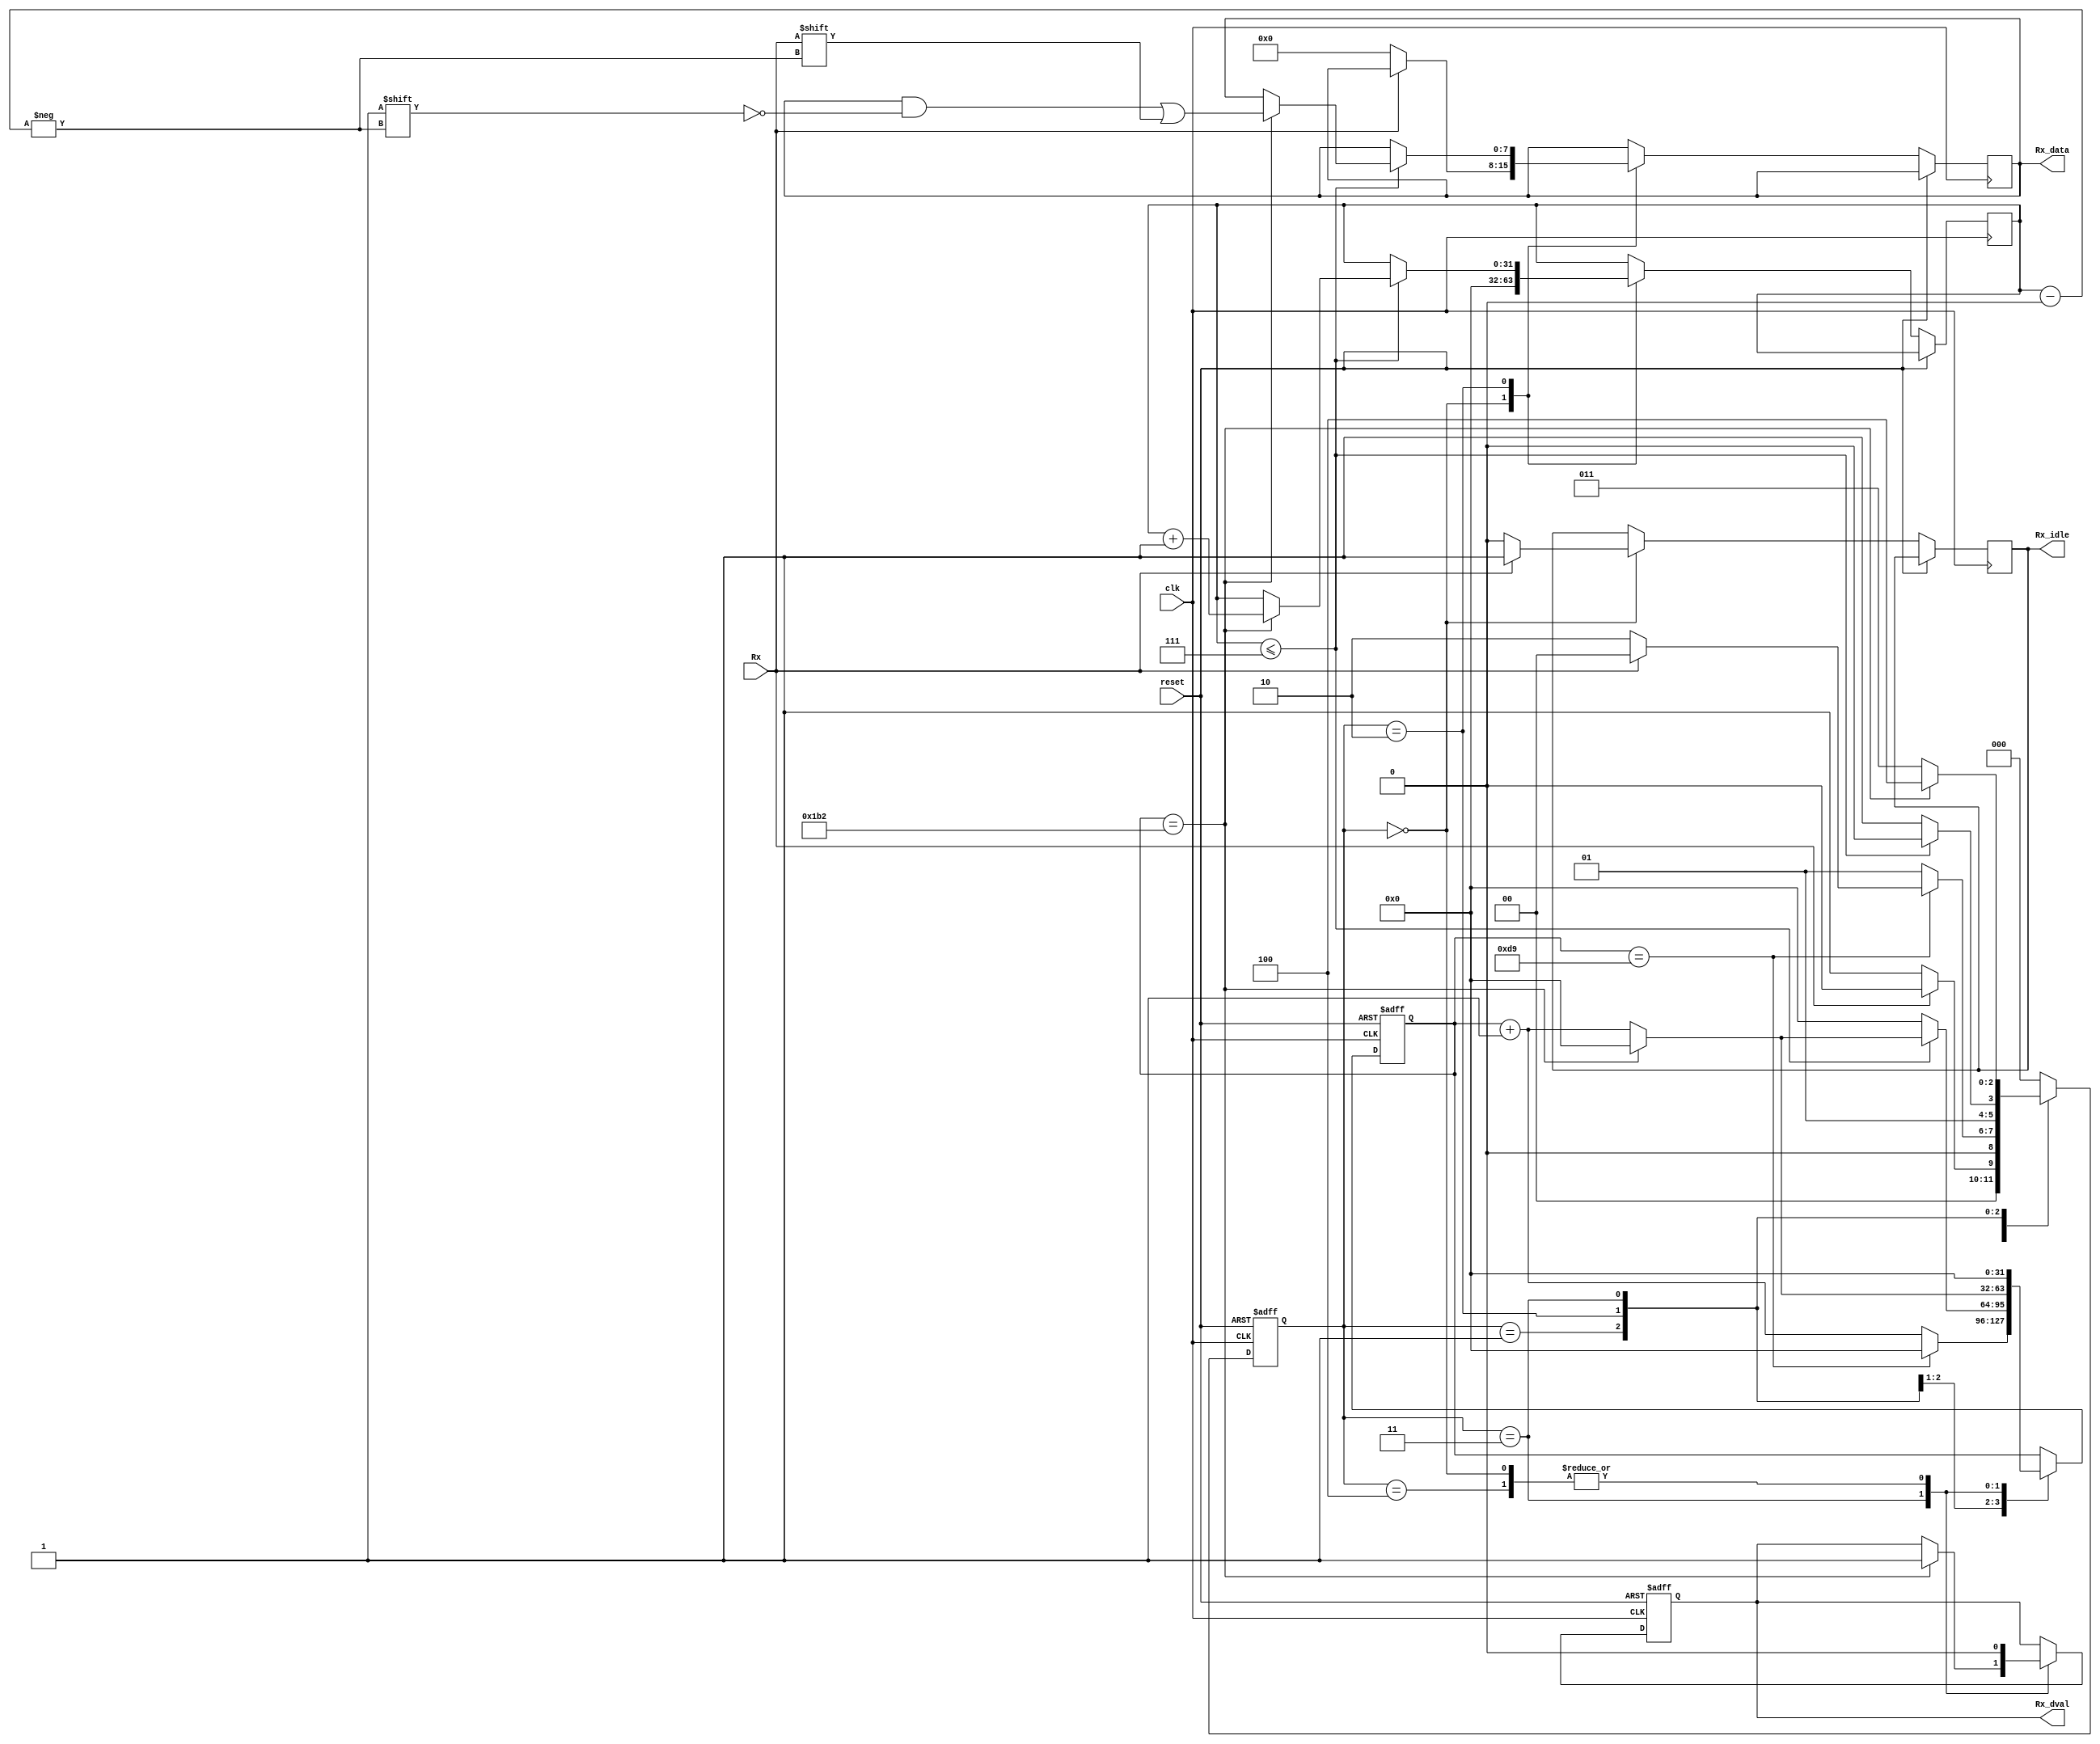
// Code your design here
module uart_rec( input clk,Rx,reset,
				 output [7:0] Rx_data,
				 output Rx_dval,
				 output reg Rx_idle);
localparam idle=3'b000;
localparam start_bit=3'b001;
localparam data_bits=3'b010;
localparam stop_bit=3'b011;
localparam clean=3'b100;
localparam clk_per_bits= 434;//5208;//5208;//434;

reg [31:0] clock_count;
reg [31:0] bit_index;
reg data_valid;
reg [7:0] data;
reg [2:0] pr_state;
  
always @(posedge clk,posedge reset)
begin
	
	if(reset)
        begin
				clock_count<=0;
				pr_state<=idle;
				data_valid<=1'b0;
		  end
	
	else
	begin
		 case(pr_state)
			idle: 
				begin
					data_valid<=1'b0;
					clock_count<=0;
					bit_index<=0;
					if(Rx==1'b1)
						begin
							pr_state<=idle;
							Rx_idle<=1'b1;
						end
					else
						begin
							pr_state<=start_bit;
							data<=7'b0;
							Rx_idle<=1'b0;
						end	
				end
			start_bit: 
				begin
					if(clock_count==clk_per_bits/2)
						begin
							if(Rx==1'b0)
								begin
									clock_count<=0;
									pr_state<=data_bits;
								end
							else
								begin
									pr_state<=idle;
									clock_count<=0;
								end
						end
					else
						begin
							clock_count<=clock_count+1;
							pr_state<=start_bit;
						end
				end
			data_bits:
				begin
					if (bit_index<=7)
						begin
							if(clock_count==clk_per_bits)
								begin
									data[bit_index]<=Rx;
									bit_index<=bit_index+1;
									clock_count<=0;
									pr_state<=data_bits;
								end
							else
								begin
									clock_count<=clock_count+1;
									pr_state<=data_bits;
								end
						end
					else
								begin
									clock_count<=0;
									pr_state<=stop_bit;
								end	
				end
			stop_bit:
				begin
					if(clock_count==clk_per_bits)
						begin
							clock_count<=0;
							data_valid<=1'b1;
							pr_state<=clean;
						end
					else
						begin
							clock_count<=clock_count+1;
							pr_state<=stop_bit;
						end
				end
			clean:
				begin
					clock_count<=0;
					pr_state<=idle;
					data_valid<=1'b0;
					//data<=7'b0;
				end
			default:
				begin
					pr_state<=idle;
				end
		endcase
   end
end
assign Rx_dval=data_valid;
assign Rx_data=data;
endmodule